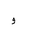
Letter: _waw